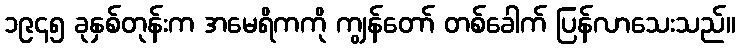
၁၉၄၅ ခုနှစ်တုန်းက အမေရိကကို ကျွန်တော် တစ်ခေါက် ပြန်လာသေးသည်။